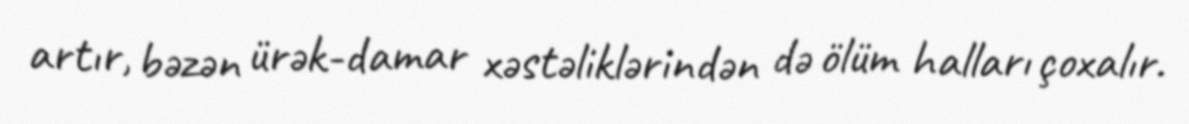
artır, bəzən ürək-damar xəstəliklərindən də ölüm halları çoxalır.